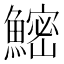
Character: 𬵨